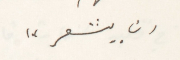
ان يشعر"